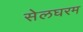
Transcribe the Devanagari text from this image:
सेलघरम